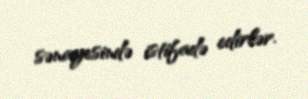
sənayesində istifadə edirlər.